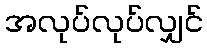
အလုပ်လုပ်လျှင်